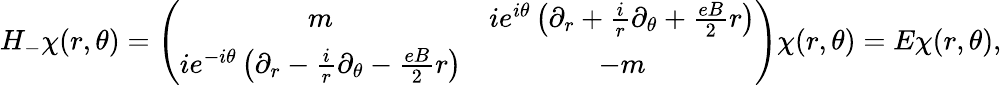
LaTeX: H_{-}\chi(r,\theta)=\left(\begin{array}{cc}{{m}}&{{ie^{i\theta}\left(\partial_{r}+\frac{i}{r}\partial_{\theta}+\frac{eB}{2}r\right)}}\\ {{ie^{-i\theta}\left(\partial_{r}-\frac{i}{r}\partial_{\theta}-\frac{eB}{2}r\right)}}&{{-m}}\end{array}\right)\chi(r,\theta)=E\chi(r,\theta),